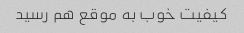
کیفیت خوب به موقع هم رسید